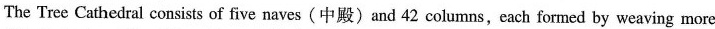
The Tree Cathedral consists of five naves(中殿)and 42 columns,each formed by weaving more